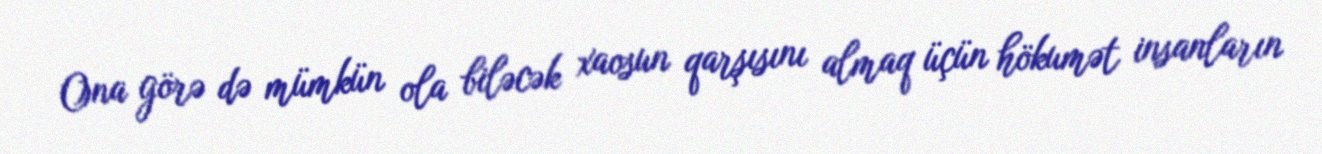
Ona görə də mümkün ola biləcək xaosun qarşısını almaq üçün hökumət insanların